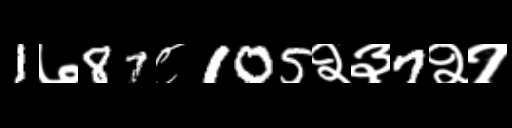
Text: 1७87८105२३7२१